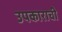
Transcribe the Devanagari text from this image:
उपकाराची